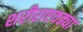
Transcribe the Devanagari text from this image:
शरीराएवढ्या